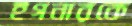
ইগনারকে